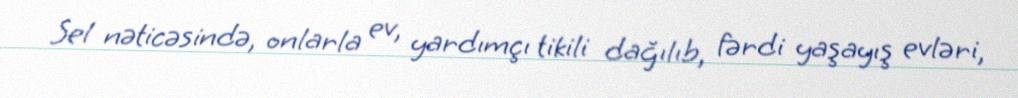
Sel nəticəsində, onlarla ev, yardımçı tikili dağılıb, fərdi yaşayış evləri,